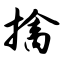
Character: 擒